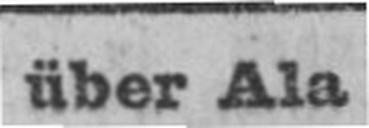
über Ala